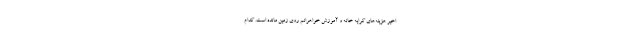
اخیر هزینه‌های کرایه خانه و آموزش خواهرانم روی زمین مانده است. کدام